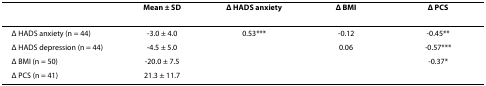
<table><thead><tr><td></td><td><b>Mean ± SD</b></td><td><b>Δ HADS anxiety</b></td><td><b>Δ BMI</b></td><td><b>Δ PCS</b></td></tr></thead><tbody><tr><td>Δ HADS anxiety (n = 44)</td><td>-3.0 ± 4.0</td><td>0.53***</td><td>-0.12</td><td>-0.45**</td></tr><tr><td>Δ HADS depression (n = 44)</td><td>-4.5 ± 5.0</td><td></td><td>0.06</td><td>-0.57***</td></tr><tr><td>Δ BMI (n = 50)</td><td>-20.0 ± 7.5</td><td></td><td></td><td>-0.37*</td></tr><tr><td>Δ PCS (n = 41)</td><td>21.3 ± 11.7</td><td></td><td></td><td></td></tr></tbody></table>